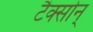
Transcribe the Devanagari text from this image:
टैक्सोन्